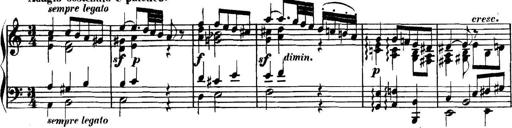
Title: Collected Piano Sonatas
Composer: Muzio Clementi